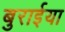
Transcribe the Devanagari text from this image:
बुरार्इया